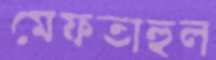
মেফতাহুল